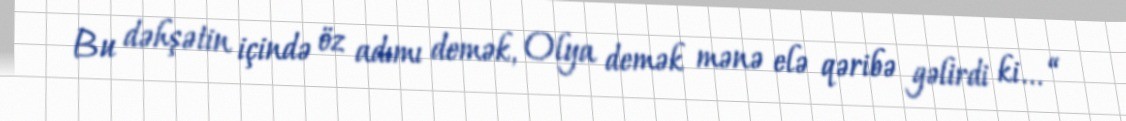
Bu dəhşətin içində öz adımı demək, Olya demək mənə elə qəribə gəlirdi ki... “